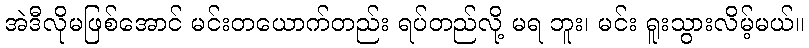
အဲဒီလိုမဖြစ်အောင် မင်းတယောက်တည်း ရပ်တည်လို့ မရ ဘူး၊ မင်း ရူးသွားလိမ့်မယ်။